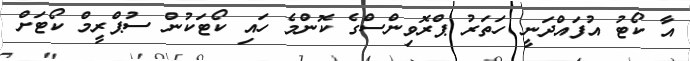
އާ ކޯޓު އުފައްދަނީ ހަތަރު ޕްރޮވިންސްގެ ކޮންމެ ހައި ކޯޓަކުން ސުޕްރީމް ކޯޓަށް